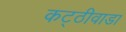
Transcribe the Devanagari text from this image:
कट्ठीवाडा